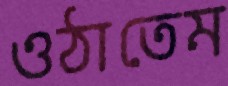
ওঠাতেম